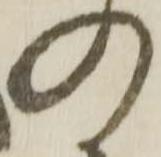
の